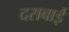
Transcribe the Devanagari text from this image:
दराबाई